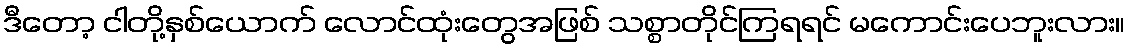
ဒီတော့ ငါတို့နှစ်ယောက် လောင်ထုံးတွေအဖြစ် သစ္စာတိုင်ကြရရင် မကောင်းပေဘူးလား။